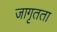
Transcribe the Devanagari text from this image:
जागृतता